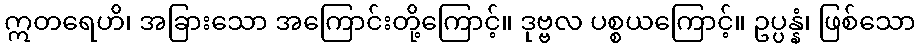
ဣတရေဟိ၊ အခြားသော အကြောင်းတို့ကြောင့်။ ဒုဗ္ဗလ ပစ္စယကြောင့်။ ဥပ္ပန္နံ၊ ဖြစ်သော